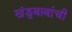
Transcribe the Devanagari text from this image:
खंडुबाबांची